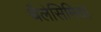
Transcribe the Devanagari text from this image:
थैलेसिमिया